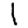
Digit: 1